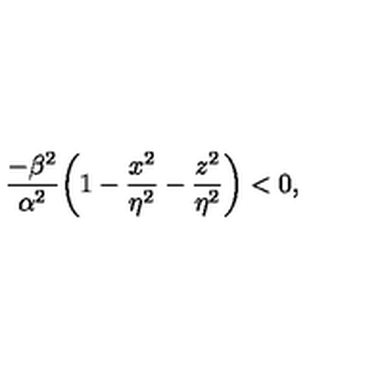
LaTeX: { \frac { - \beta ^ { 2 } } { \alpha ^ { 2 } } } \bigg ( 1 - { \frac { x ^ { 2 } } { \eta ^ { 2 } } } - { \frac { z ^ { 2 } } { \eta ^ { 2 } } } \bigg ) < 0 ,